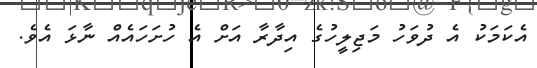
އެކަމަކު އެ ދުވަހު މަޖިލީހުގެ އިދާރާ އަށް އެ ހުށަހައެއް ނާޅަ އެވެ.